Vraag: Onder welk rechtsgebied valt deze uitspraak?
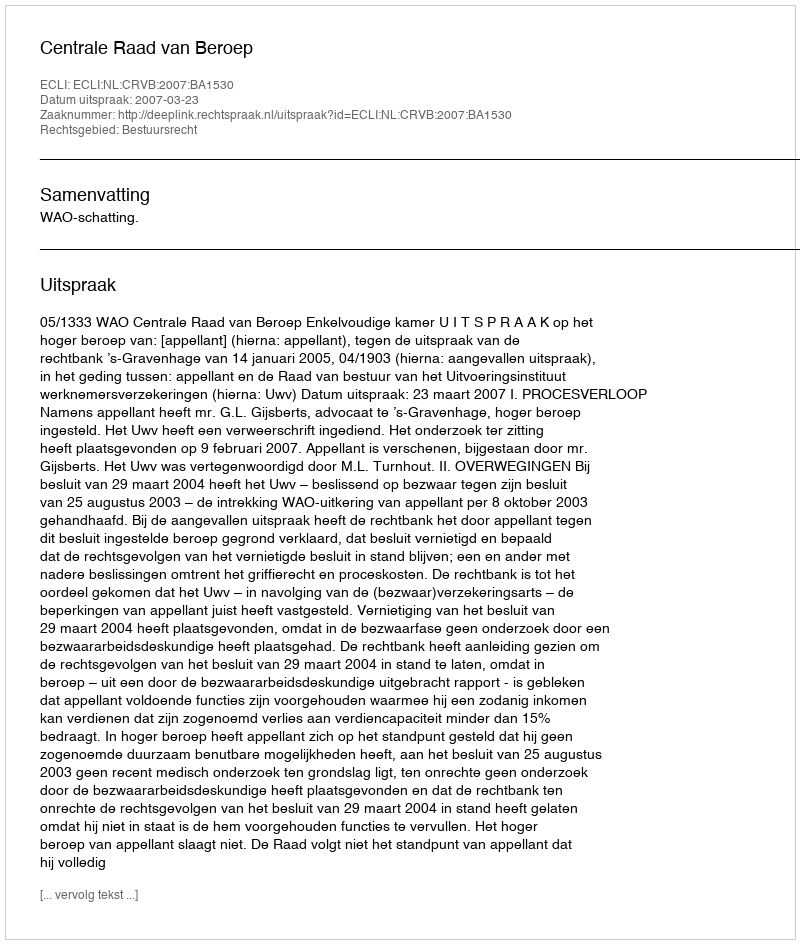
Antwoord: Bestuursrecht